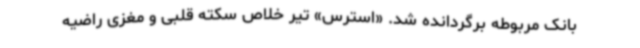
بانک مربوطه برگردانده شد. «استرس» تیر خلاص سکته قلبی و مغزی راضیه